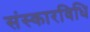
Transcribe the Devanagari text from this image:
संस्कारविधि